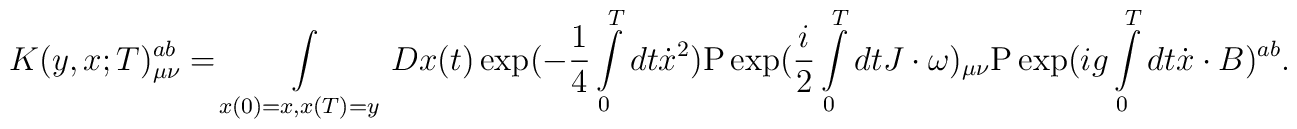
K(y,x;T)_{\mu \nu }^{ab}  = \int\limits_{x(0) = x,x(T) = y} {Dx(t)\exp( - \frac{1}{4}\int\limits_0^T {dt\dot x^2 }}) {\rm P}\exp(\frac{i}{2}\int\limits_0^T {dtJ \cdot \omega)_{\mu \nu }}{\rm P}\exp(ig\int\limits_0^T {dt\dot x \cdot B)^{ab} }.